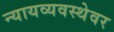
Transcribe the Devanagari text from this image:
न्यायव्यवस्थेवर